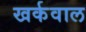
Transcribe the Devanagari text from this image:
खर्कवाल